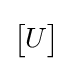
{\begin{bmatrix}U\end{bmatrix}}